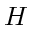
H